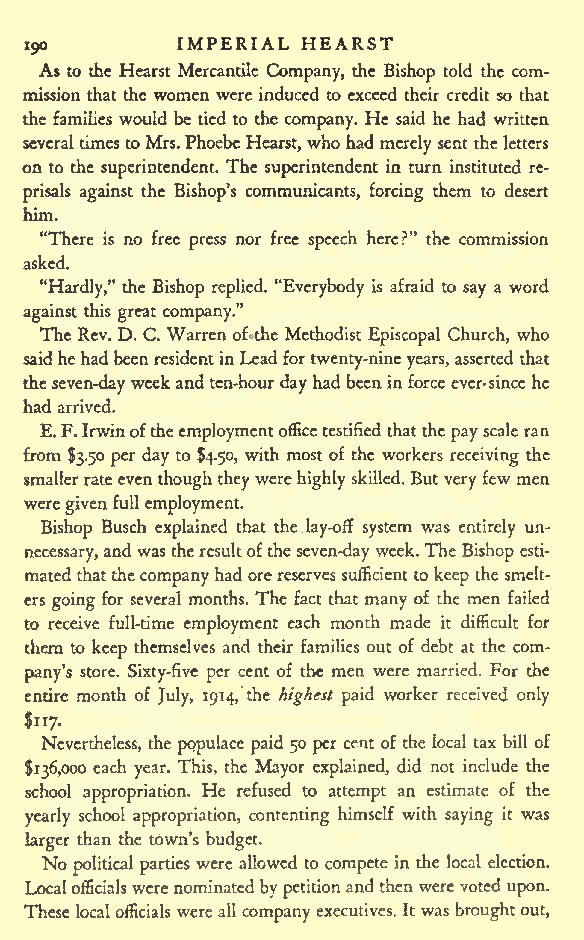
IMPERIAL HEARST
 ipo
 As to the Hearst Mercantile Company, the Bishop told the com-
 mission that the women were induced to exceed their credit so that
 the families would be tied to the company. He said he had written
 severaltimestoMrs.Phoebe Hearst,who had merely sent theletters
 on to the superintendent. The superintendent in turn instituted re-
 prisals against the Bishop's communicants, forcing them to desert
 him.
 "There is no free press nor free speech here?" the commission
 asked.
 "Hardly," the Bishop replied. "Everybody is afraid to say a word
 against this great company."
 The Rev. D. C. Warren of the Methodist Episcopal Church, who
 saidhehadbeenresidentinLeadfortwenty-nineyears, asserted that
 theseven-dayweekandten-hourdayhad beenin forceever-since he
 hadarrived.
 E.F.Irwinoftheemploymentofficetestified that thepayscale ran
 from $3.50 per day to $4.50, with most of the workers receiving the
 smallerrateeventhoughtheywere highlyskilled. But very fewmen
 were givenfullemployment.
 Bishop Busch explained that the lay-off system was entirely un-
 necessary,and wastheresultofthe seven-day week.The Bishop esti-
 mated thatthecompanyhad orereserves sufficient to keep the smelt-
 ers going for several months. The fact that many of the men failed
 to receive full-time employment each month made it difficult for
 them to keep themselves and their families out of debt at the com-
 pany's store. Sixty-five per cent of the men were married. For the
 entire month of July, 1914, the highest paid worker received only
 Nevertheless, the populace paid 50 per cent of the local tax bill of
 $136,000 each year. This, the Mayor explained, did not include the
 school appropriation. He refused to attempt an estimate of the
 yearly school appropriation, contenting himself with saying it was
 larger than the town's budget.
 No political parties were allowed to compete in the local election.
 Localofficialswerenominatedbypetitionandthenwerevoted upon.
 These localofficials wereall companyexecutives. Itwas broughtout,